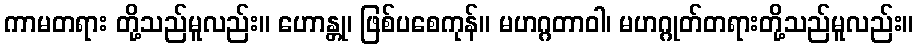
ကာမတရား တို့သည်မူလည်း။ ဟောန္တု၊ ဖြစ်ပစေကုန်။ မဟဂ္ဂတာဝါ၊ မဟဂ္ဂုတ်တရားတို့သည်မူလည်း။